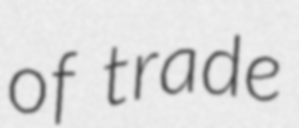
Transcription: of trade